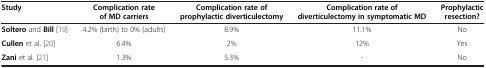
| Study | Complication rate of MD carriers | Complication rate of prophylactic diverticulectomy | Complication rate of diverticulectomy in symptomatic MD | Prophylactic resection? |
 | --- | --- | --- | --- | --- |
 | Soltero and Bill[19] | 4.2% (birth) to 0% (adults) | 8.9% | 11.1% | No |
 | Cullen et al.[20] | 6.4% | 2% | 12% | Yes |
 | Zani et al.[21] | 1.3% | 5.3% | - | No |